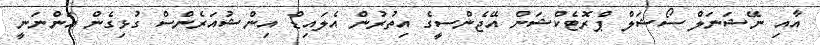
އާއި ނޭޝަނަލް ސޯޝަލް ޕްރޮޓެކްޝަން އޭޖެންސީގެ އިތުރުން އެލައިޑް އިންޝުއަރެންސް ގުޅިގެން އަންނަނީ